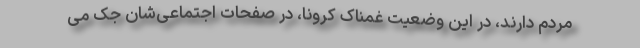
مردم دارند، در این وضعیت غمناک کرونا، در صفحات اجتماعی‌شان جک می‌